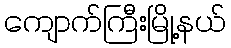
ကျောက်ကြီးမြို့နယ်